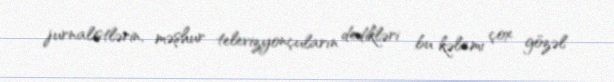
jurnalistlərin, məşhur televizyonçuların dedikləri bu kəlamı çox gözəl